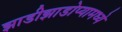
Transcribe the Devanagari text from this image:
झाडीझाडोप्यामध्ये